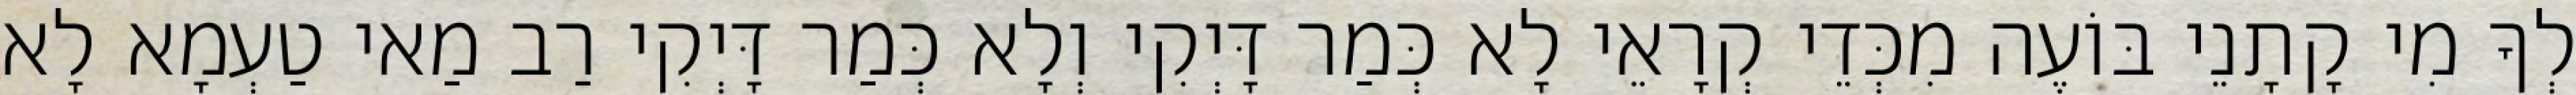
לְךָ מִי קָתָנֵי בּוֹעֶה מִכְּדֵי קְרָאֵי לָא כְּמַר דָּיְקִי וְלָא כְּמַר דָּיְקִי רַב מַאי טַעְמָא לָא